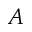
A